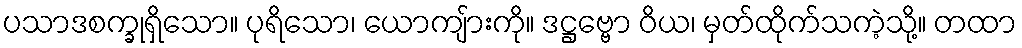
ပသာဒစက္ခုရှိသော။ ပုရိသော၊ ယောကျ်ားကို။ ဒဋ္ဌဗ္ဗော ဝိယ၊ မှတ်ထိုက်သကဲ့သို့။ တထာ